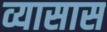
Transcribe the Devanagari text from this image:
व्यासास